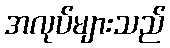
အလုပ်များသည်